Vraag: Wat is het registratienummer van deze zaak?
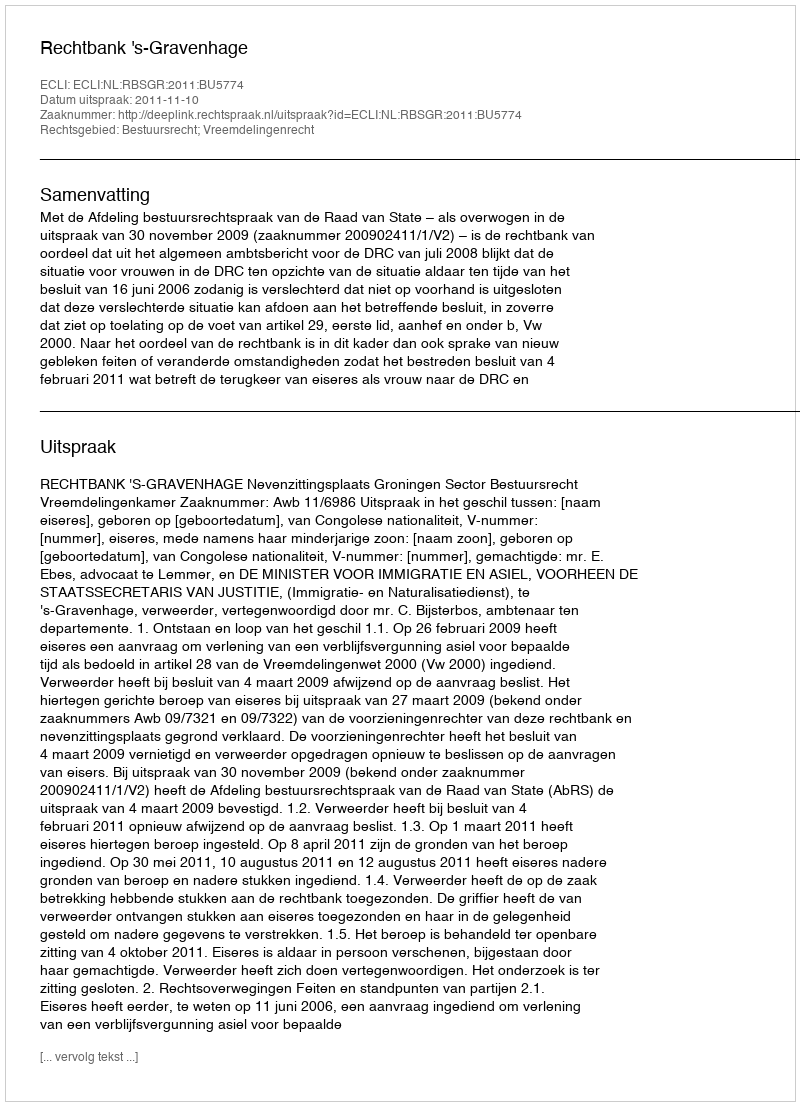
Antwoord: http://deeplink.rechtspraak.nl/uitspraak?id=ECLI:NL:RBSGR:2011:BU5774